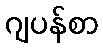
ဂျပန်စာ